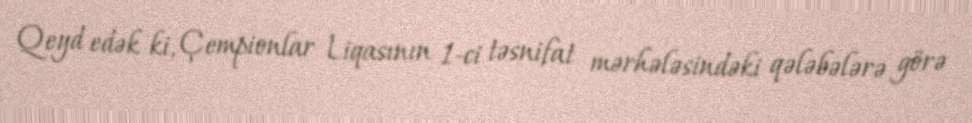
Qeyd edək ki, Çempionlar Liqasının 1-ci təsnifat mərhələsindəki qələbələrə görə